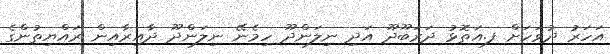
އަހަރު ދުވަހަށް ފ.އަތޮޅު ދަރަބޫދޫ އަދި ނިލަންދޫ ހިމެނޭ ނިލަންދޫ ދާއިރާއިން ރައްޔިތުންގެ